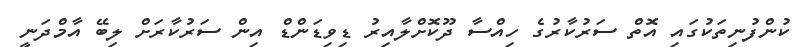
ކުންފުނިތަކުގައި އޮތް ސަރުކާރުގެ ހިއްސާ ދޫކޮށްލާއިރު ޑިވިޑަންޑް އިން ސަރުކާރަށް ލިބޭ އާމްދަނީ